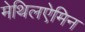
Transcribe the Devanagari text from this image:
मेथिलऐमिन